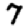
Digit: 7